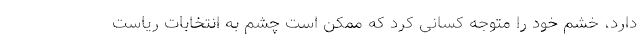
دارد، خشم خود را متوجه کسانی کرد که ممکن است چشم به انتخابات ریاست